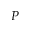
P